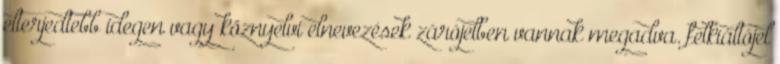
elterjedtebb idegen vagy köznyelvi elnevezések zárójelben vannak megadva. felkiáltójel